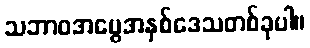
သဘာဝအမွေအနှစ်ဒေသတစ်ခုပါ။